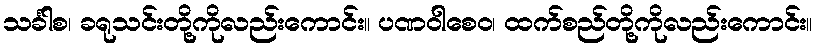
သင်္ခါစ၊ ခရုသင်းတို့ကိုလည်းကောင်း။ ပဏဝါစေဝ၊ ထက်စည်တို့ကိုလည်းကောင်း။